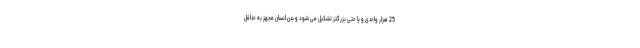
25 هزار واحدی و یا حتی بزرگتر تشکیل می شود و بدن انسان مجهز به حداقل